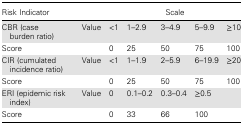
<table><thead><tr><td><b>Risk Indicator</b></td><td></td><td colspan="5"><b>Scale</b></td></tr></thead><tbody><tr><td>CBR (case burden ratio)</td><td>Value</td><td>&lt;1</td><td>1–2.9</td><td>3–4.9</td><td>5–9.9</td><td>≥10</td></tr><tr><td>Score</td><td></td><td>0</td><td>25</td><td>50</td><td>75</td><td>100</td></tr><tr><td>CIR (cumulated incidence ratio)</td><td>Value</td><td>&lt;1</td><td>1–1.9</td><td>2–5.9</td><td>6–19.9</td><td>≥20</td></tr><tr><td>Score</td><td></td><td>0</td><td>25</td><td>50</td><td>75</td><td>100</td></tr><tr><td>ERI (epidemic risk index)</td><td>Value</td><td>0</td><td>0.1–0.2</td><td>0.3–0.4</td><td>≥0.5</td><td></td></tr><tr><td>Score</td><td></td><td>0</td><td>33</td><td>66</td><td>100</td><td></td></tr></tbody></table>